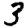
Digit: 3